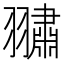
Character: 𮋕